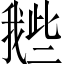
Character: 𢧲